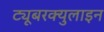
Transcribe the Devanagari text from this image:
ट्यूबरक्युलाइन